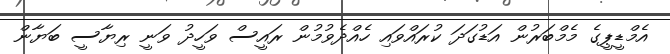
އެމްޑީޕީގެ މެމްބަރުން އަޑުގަދަ ކުރައްވައި ހެއްދެވުމުން ރައީސް ވަހީދު ވަނީ ރިޔާސީ ބަޔާން